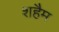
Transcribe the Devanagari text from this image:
शहैम